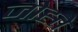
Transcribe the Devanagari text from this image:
जोह्ते